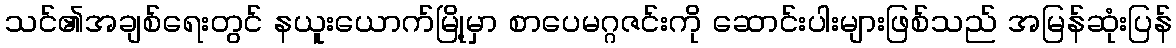
သင်၏အချစ်ရေးတွင် နယူးယောက်မြို့မှာ စာပေမဂ္ဂဇင်းကို ဆောင်းပါးများဖြစ်သည် အမြန်ဆုံးပြန်